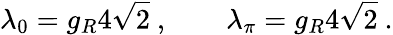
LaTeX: \lambda_{0}=g_{R}4\sqrt{2}\ ,\qquad\lambda_{\pi}=g_{R}4\sqrt{2}\ .